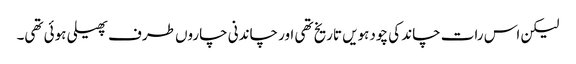
لیکن اس رات چاند کی چودہویں تاریخ تھی اور چاندنی چاروں طرف پھیلی ہوئی تھی۔